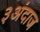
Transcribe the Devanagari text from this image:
३अंदाज